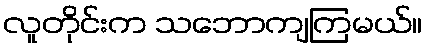
လူတိုင်းက သဘောကျကြမယ်။